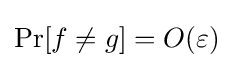
\Pr[f\neq g]=O(\varepsilon )